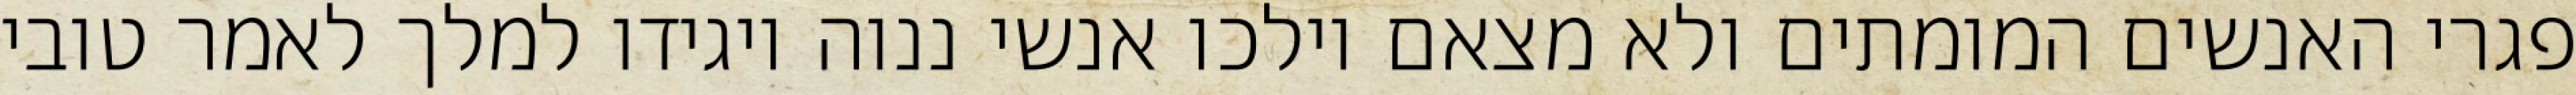
פגרי האנשים המומתים ולא מצאם וילכו אנשי ננוה ויגידו למלך לאמר טובי